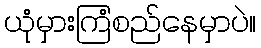
ယုံမှားကြံစည်နေမှာပဲ။